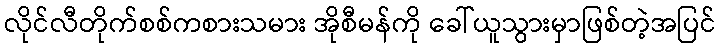
လိုင်လီတိုက်စစ်ကစားသမား အိုစီမန်ကို ခေါ်ယူသွားမှာဖြစ်တဲ့အပြင်